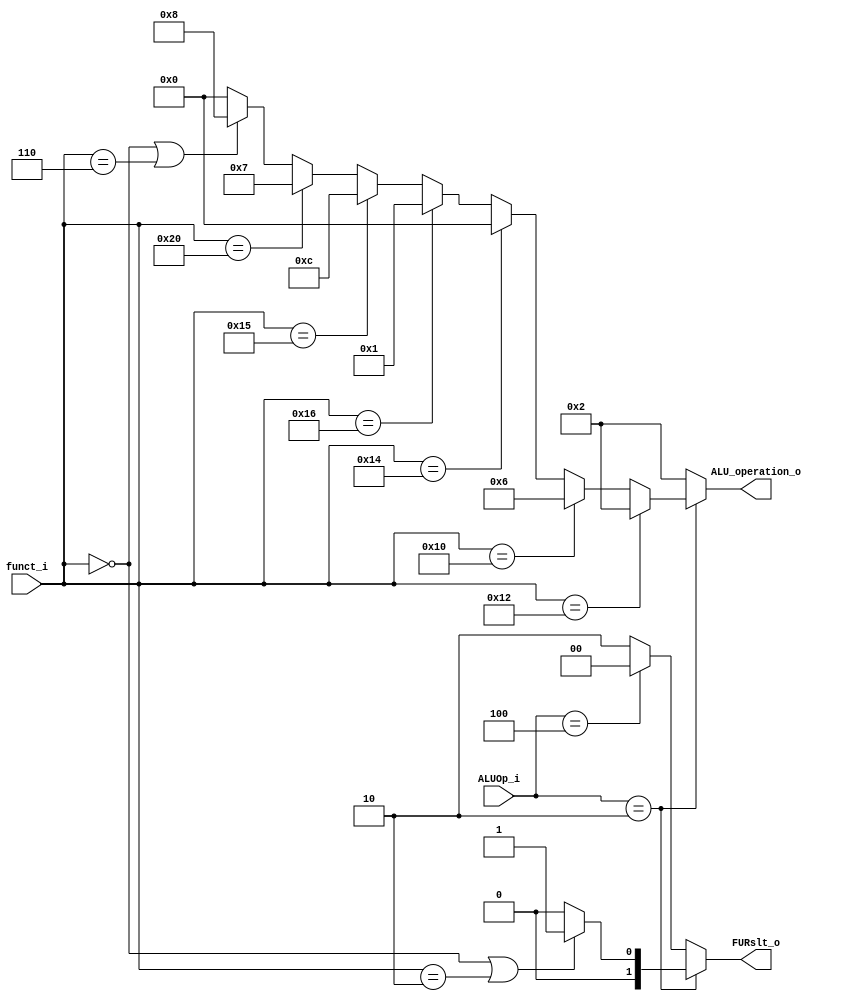
module ALU_Ctrl( funct_i, ALUOp_i, ALU_operation_o, FURslt_o );

//I/O ports 
input      [6-1:0] funct_i;
input      [3-1:0] ALUOp_i;

output     [4-1:0] ALU_operation_o;  
output     [2-1:0] FURslt_o;
     
//Internal Signals
wire		[4-1:0] ALU_operation_o;
wire		[2-1:0] FURslt_o;

//Main function
/*your code here*/
assign ALU_operation_o = (ALUOp_i[2:0]==3'b010)?
                         (funct_i[5:0]==6'b010010)?4'b0010://ADD
						 (funct_i[5:0]==6'b010000)?4'b0110://SUB
						 (funct_i[5:0]==6'b010100)?4'b0000://AND
						 (funct_i[5:0]==6'b010110)?4'b0001://OR
						 (funct_i[5:0]==6'b010101)?4'b1100://NOR
						 (funct_i[5:0]==6'b100000)?4'b0111://SLT
						 (funct_i[5:0]==6'b000000||funct_i[5:0]==6'b000110)?4'b1000:4'b0000:4'b0010;
						 
assign FURslt_o = (ALUOp_i[2:0] == 3'b010)?((funct_i[5:0]==6'b000000||funct_i[5:0]==6'b000010)?2'b01:2'b00):(ALUOp_i[2:0]==3'b100)?2'b00:2'b10;
						 


endmodule